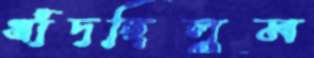
ধাঁদছিলুম